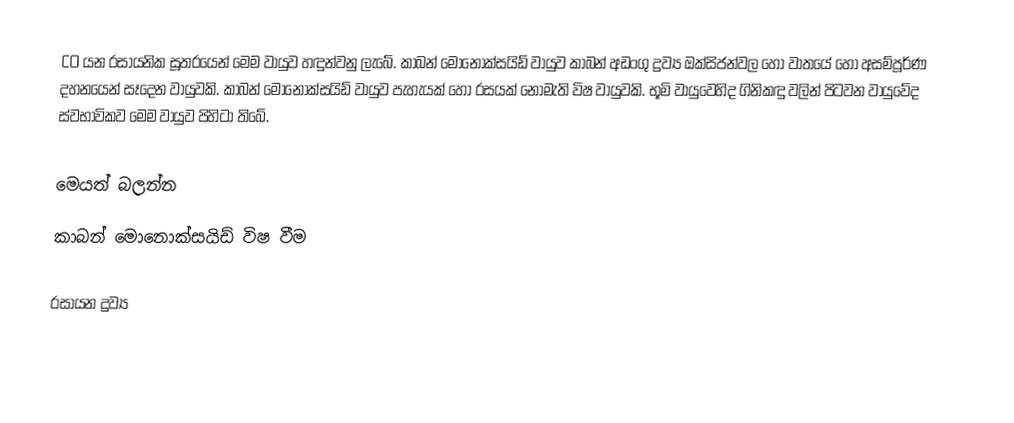
CO යන රසායනික සූත‍්‍රයෙන් මෙම වායුව හඳුන්වනු ලැබේ. කාබන් මොනොක්සයිඩ් වායුව කාබන් අඩංගු ද්‍රව්‍ය ඔක්සිජන්වල හෝ වාතයේ හෝ අසම්පූර්ණ දහනයෙන් සෑදෙන වායුවකි. කාබන් මොනොක්සයිඩ් වායුව පැහැයක් හෝ රසයක් නොමැති විෂ වායුවකි. භූමි වායුවෙහිද ගිනිකඳු වලින් පිටවන වායුවේද ස්වභාවිකව මෙම වායුව පිහිටා තිබේ.

මෙයත් බලන්න
කාබන් මොනොක්සයිඩ් විෂ වීම

රසායන ද්‍රව්‍ය